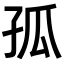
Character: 孤